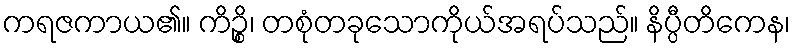
ကရဇကာယ၏။ ကိဉ္စိ၊ တစုံတခုသောကိုယ်အရပ်သည်။ နိပ္ပီတိကေန၊